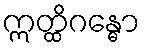
ဣတ္ထိဂန္ဓော